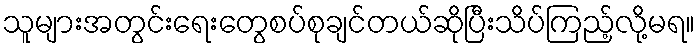
သူများအတွင်းရေးတွေစပ်စုချင်တယ်ဆိုပြီးသိပ်ကြည့်လို့မရ။